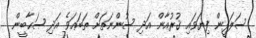
ސަލަފީން ފިޔަވައި ޤުރުއާން އަދި ސުންނަތަށް ތަބަޢަވެ އަދި ޞަޙާބީން